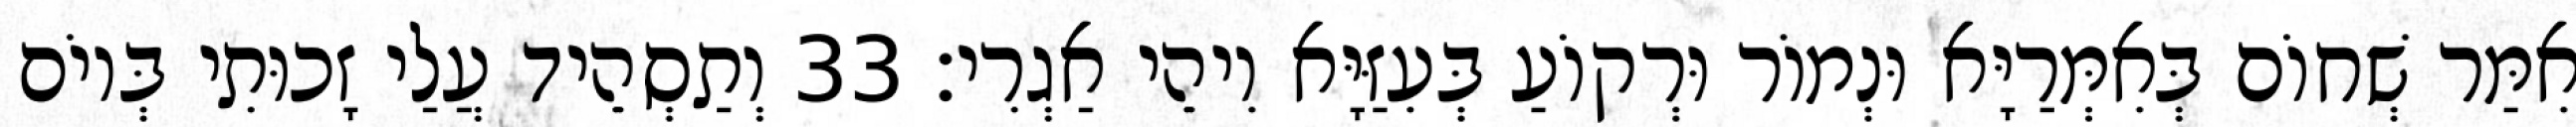
אִמַּר שְׁחוֹם בְּאִמְּרַיָּא וּנְמוֹר וּרְקוֹעַ בְּעִזַּיָּא וִיהֵי אַגְרִי׃ 33 וְתַסְהֵיד עֲלַי זָכוּתִי בְּיוֹם